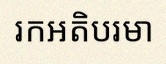
រកអតិបរមា